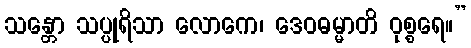
သန္တော သပ္ပုရိသာ လောကေ၊ ဒေဝဓမ္မာတိ ဝုစ္စရေ။”